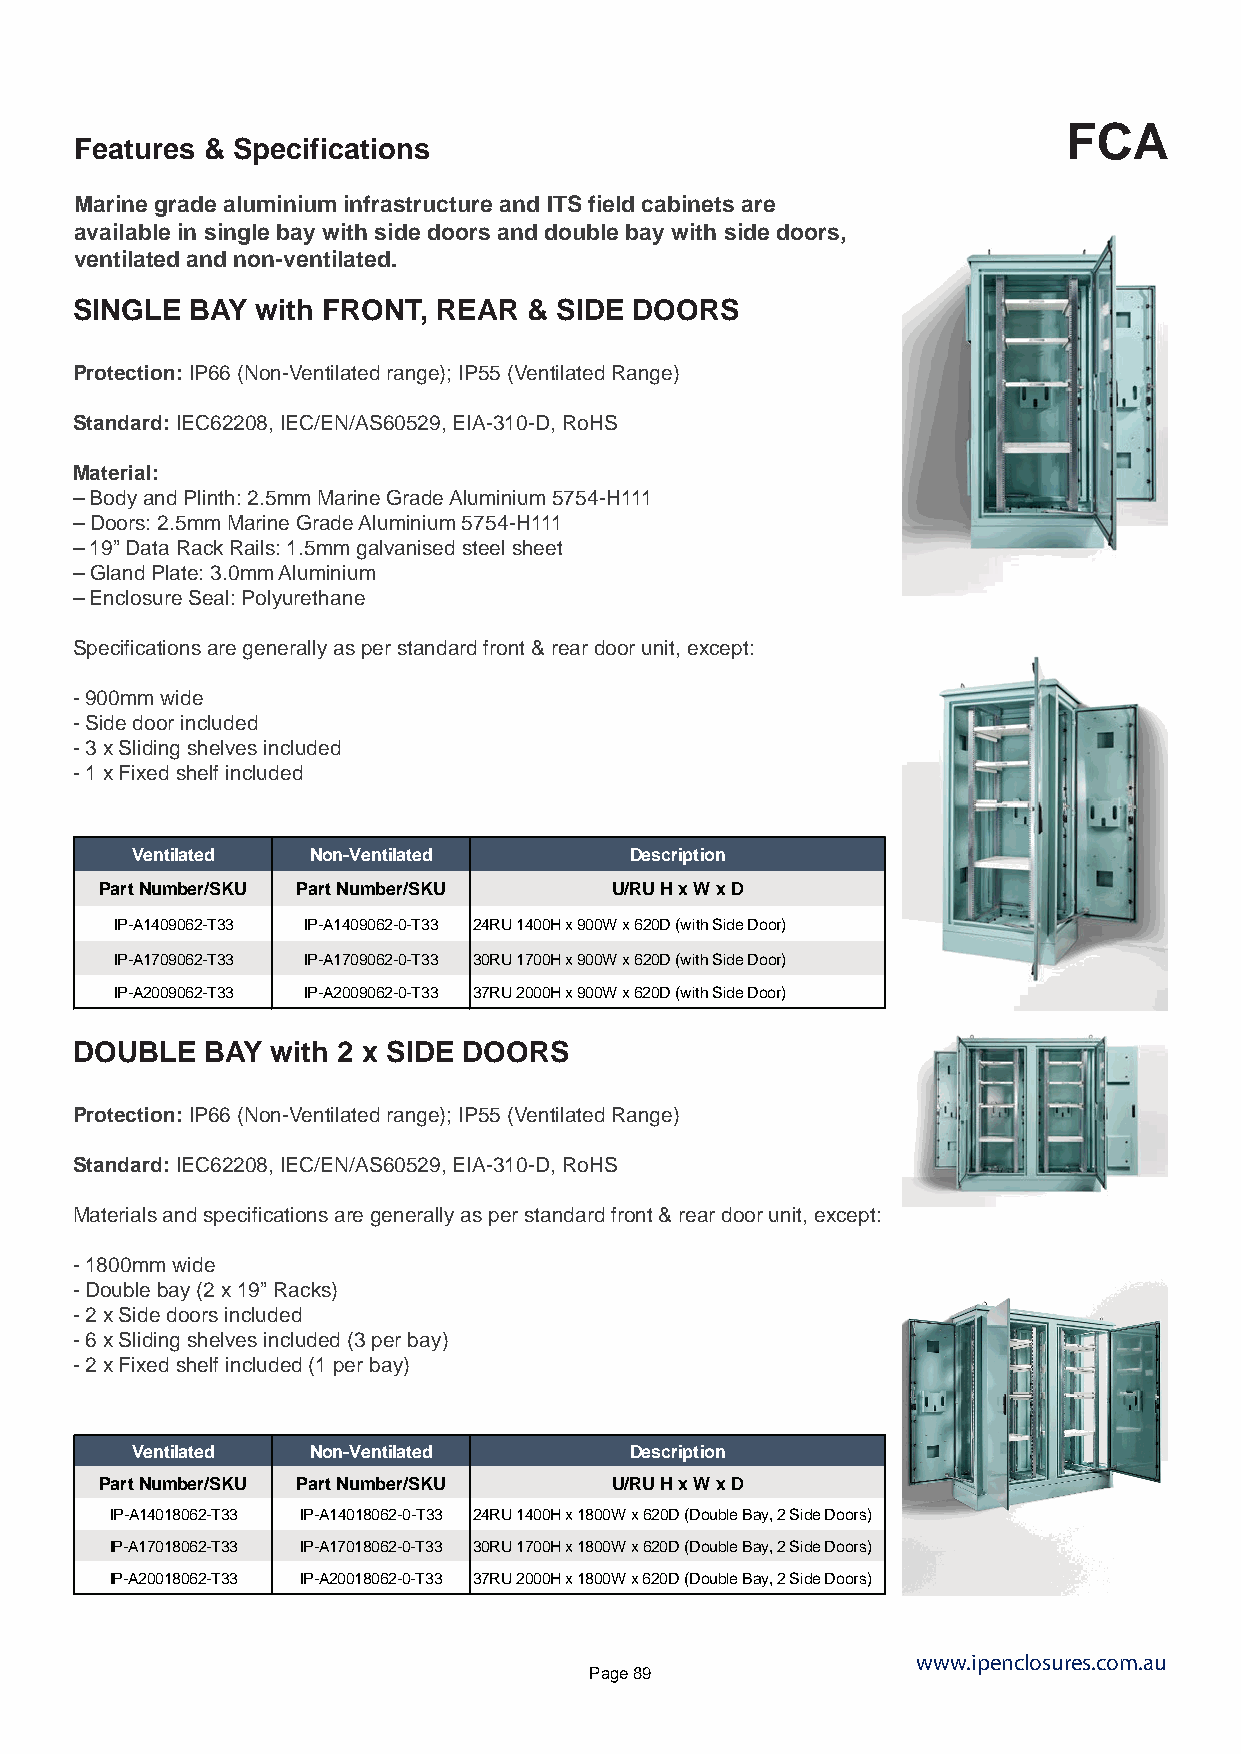
FCA
 Features & Specifications
 Marine grade aluminium infrastructure and ITS field cabinets are
 available in single bay with side doors and double bay with side doors,
 ventilated and non-ventilated.
 SINGLE  BAY with FRONT, REAR  & SIDE DOORS
 Protection: IP66 (Non-Ventilated range); IP55 (Ventilated Range)
 Standard: IEC62208, IEC/EN/AS60529, EIA-310-D, RoHS
 Material:
 – Body and Plinth: 2.5mm Marine Grade Aluminium 5754-H111
 – Doors: 2.5mm Marine Grade Aluminium 5754-H111
 – 19” Data Rack Rails: 1.5mm galvanised steel sheet
 – Gland Plate: 3.0mm Aluminium
 – Enclosure Seal: Polyurethane
 Specifications are generally as per standard front & rear door unit, except:
 - 900mm wide
 - Side door included
 - 3 x Sliding shelves included
 - 1 x Fixed shelf included
 Ventilated  Non-Ventilated       Description
 Part Number/SKU Part Number/SKU  U/RU H x W x D
 IP-A1409062-T33 IP-A1409062-0-T33 24RU 1400H x 900W x 620D (with Side Door)
 IP-A1709062-T33 IP-A1709062-0-T33 30RU 1700H x 900W x 620D (with Side Door)
 IP-A2009062-T33 IP-A2009062-0-T33 37RU 2000H x 900W x 620D (with Side Door)
 DOUBLE   BAY with 2 x SIDE DOORS
 Protection: IP66 (Non-Ventilated range); IP55 (Ventilated Range)
 Standard: IEC62208, IEC/EN/AS60529, EIA-310-D, RoHS
 Materials and specifications are generally as per standard front & rear door unit, except:
 - 1800mm wide
 - Double bay (2 x 19” Racks)
 - 2 x Side doors included
 - 6 x Sliding shelves included (3 per bay)
 - 2 x Fixed shelf included (1 per bay)
 Ventilated  Non-Ventilated       Description
 Part Number/SKU Part Number/SKU  U/RU H x W x D
 IP-A14018062-T33 IP-A14018062-0-T33 24RU 1400H x 1800W x 620D (Double Bay, 2 Side Doors)
 IP-A17018062-T33 IP-A17018062-0-T33 30RU 1700H x 1800W x 620D (Double Bay, 2 Side Doors)
 IP-A20018062-T33 IP-A20018062-0-T33 37RU 2000H x 1800W x 620D (Double Bay, 2 Side Doors)
 www.ipenclosures.com.au
 Page 89